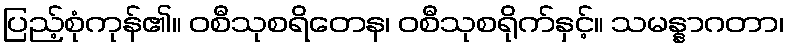
ပြည့်စုံကုန်၏။ ဝစီသုစရိတေန၊ ဝစီသုစရိုက်နှင့်။ သမန္နာဂတာ၊